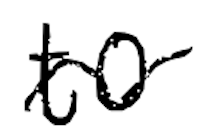
Text: to
Cross-out: wave
Writing tool: digital_black